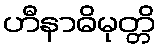
ဟီနာဓိမုတ္တိ